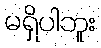
မရှိပါဘူး